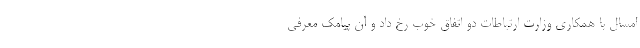
امسال با همکاری وزارت ارتباطات دو اتفاق خوب رخ داد و آن پیامک معرفی